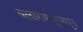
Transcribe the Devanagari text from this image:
बलारामपूरमधून